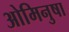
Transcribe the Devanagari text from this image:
ओमिनुषा